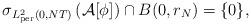
LaTeX: \begin{align*}\sigma_{L^2_{\rm per}(0,NT)}\left(\mathcal{A}[\phi]\right)\cap B(0,r_N)=\{0\},\end{align*}